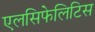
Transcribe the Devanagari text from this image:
एलसिफेलिटिस